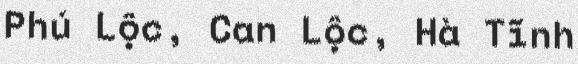
Phú Lộc, Can Lộc, Hà Tĩnh